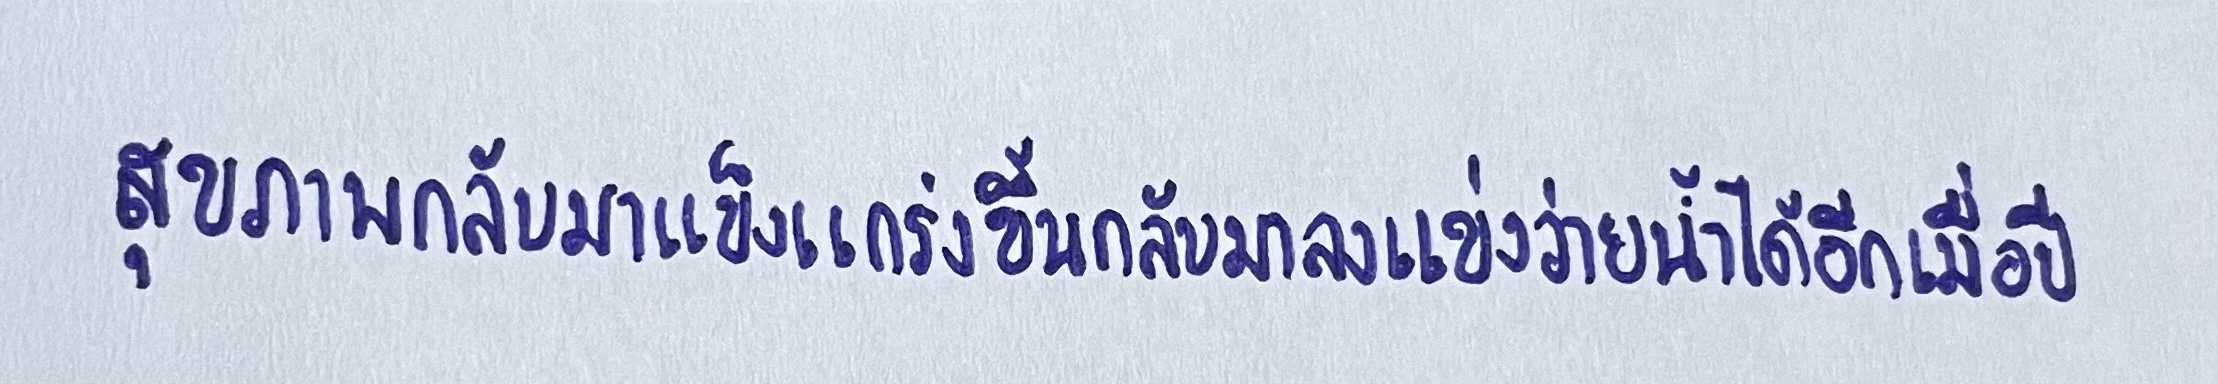
สุขภาพกลับมาแข็งแกร่งขึ้นกลับมาลงแข่งว่ายน้ำได้อีกเมื่อปี